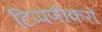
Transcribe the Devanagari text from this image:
टिप्पणीकरों